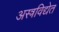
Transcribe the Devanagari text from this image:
अस्त्रविद्येत